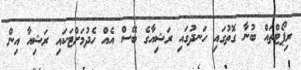
ރިޕޯޓްތައް ބުނާ ގޮތުގައި ހަނދުގައި ރަޝިއާގެ ބޭސް އެއް ހެދުމަށްޓަކައި ރަޝިއާ އިން